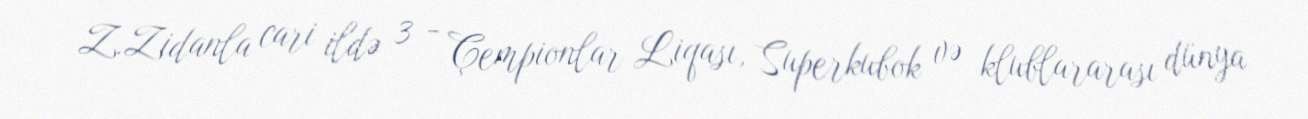
Z.Zidanla cari ildə 3 - Çempionlar Liqası, Superkubok və klublararası dünya